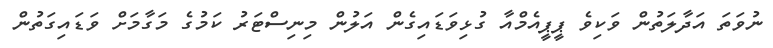
ނުވަތަ އަދާލަތުން ވަކިވެ ޕީޕީއެމްއާ ގުޅިވަޑައިގެން އަލުން މިނިސްޓަރު ކަމުގެ މަގާމަށް ވަޑައިގަތުން